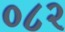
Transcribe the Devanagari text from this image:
०८२